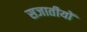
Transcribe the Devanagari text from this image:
सजातीयों